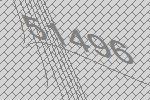
51496